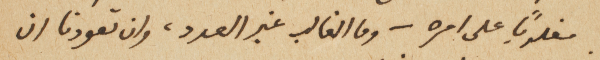
مغلوباً على امره – وما الغالب غير العدد، وان تعودنا ان